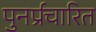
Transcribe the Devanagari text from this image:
पुनर्प्रचारित